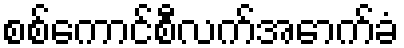
စစ်ကောင်စီလက်အောက်ခံ